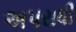
અપરાધી